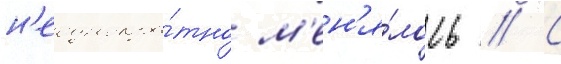
н'еоднокра́тно м'ен'я́лось // С